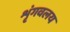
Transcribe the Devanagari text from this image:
शृंगवलय